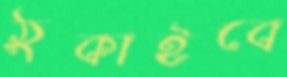
ঠুকাইবে